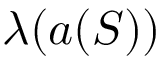
\lambda ( { a } ( S ) )